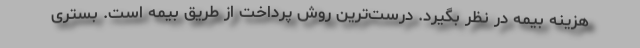
هزینه بیمه در نظر بگیرد. درست‌ترین روش پرداخت از طریق بیمه است. بستری